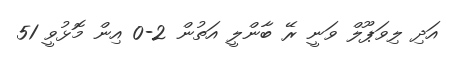
އަދި ލިވަޕޫލް ވަނީ ރޭ ބާންލީ އަތުން 2-0 އިން މޮޅުވީ 51